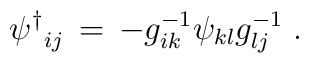
{\psi^{\dagger}}_{ij}\,=\,-g^{-1}_{ik}\psi_{kl}g^{-1}_{lj} \; .